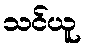
သင်ယူ